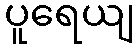
ပူရေယျ